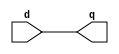
module D_ff_cnt( input d,output reg q);
	always@(d)
		q=d;
endmodule